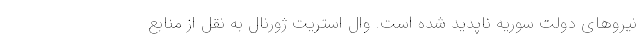
نیروهای دولت سوریه ناپدید شده است. وال استریت ژورنال به نقل از منابع